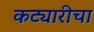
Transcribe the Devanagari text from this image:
कट्यारीचा